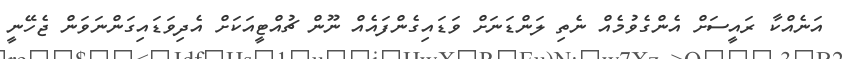
އަނެއްކާ ރައީސަށް އެންގެވުމެއް ނެތި ލަންޑަނަށް ވަޑައިގެންފައެއް ނޫން ޗުއްޓީއަކަށް އެދިވަޑައިގަންނަވަން ޖެހޭނީ